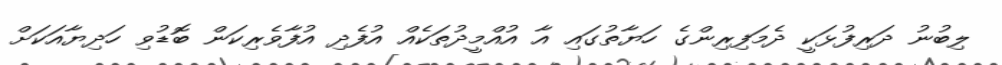
ލިބުނު ދަރިފުޅަކީ ދެމަފިރިންގެ ހަޔާތުގައި އާ އުއްމީދުތަކެއް އުފެދި އުފާވެރިކަން ބޮޑުވި ހަދިޔާއަކަށް